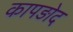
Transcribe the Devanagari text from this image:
कापड़ोद